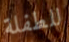
للطفلة